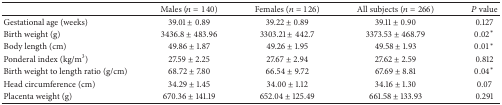
<table><thead><tr><td><b> </b></td><td><b>Males (<i>n</i> = 140)</b></td><td><b>Females (<i>n</i> = 126)</b></td><td><b>All subjects (<i>n</i> = 266)</b></td><td><b><i>P</i> value</b></td></tr></thead><tbody><tr><td>Gestational age (weeks)</td><td>39.01 ± 0.89</td><td>39.22 ± 0.89</td><td>39.11 ± 0.90</td><td>0.127</td></tr><tr><td>Birth weight (g)</td><td>3436.8 ± 483.96</td><td>3303.21 ± 442.7</td><td>3373.53 ± 468.79</td><td>0.02*</td></tr><tr><td>Body length (cm)</td><td>49.86 ± 1.87</td><td>49.26 ± 1.95</td><td>49.58 ± 1.93</td><td>0.01*</td></tr><tr><td>Ponderal index (kg/m<sup>3</sup>)</td><td>27.59 ± 2.25</td><td>27.67 ± 2.94</td><td>27.62 ± 2.59</td><td>0.812</td></tr><tr><td>Birth weight to length ratio (g/cm)</td><td>68.72 ± 7.80</td><td>66.54 ± 9.72</td><td>67.69 ± 8.81</td><td>0.04*</td></tr><tr><td>Head circumference (cm)</td><td>34.29 ± 1.45</td><td>34.00 ± 1.12</td><td>34.16 ± 1.30</td><td>0.07</td></tr><tr><td>Placenta weight (g)</td><td>670.36 ± 141.19</td><td>652.04 ± 125.49</td><td>661.58 ± 133.93</td><td>0.291</td></tr></tbody></table>